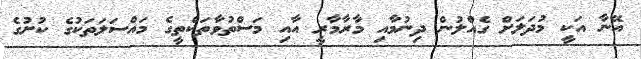
އޭނާ އަކީ މުދަލަށް ގެއްލުން ދިނުމާއި މާރާމާރީ އާއި މަސްތުވާތަކެތީގެ މައްސަލަތަކުގެ ކުށުގެ